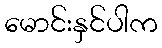
မောင်းနှင်ပါက